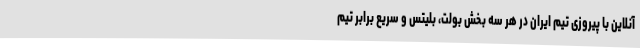
آنلاین با پیروزی تیم ایران در هر سه بخش بولت، بلیتس و سریع برابر تیم